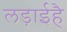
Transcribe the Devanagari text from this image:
लड़ाईहै